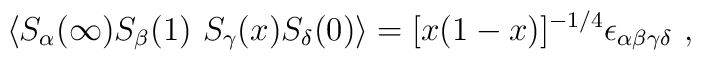
\langle S_\alpha(\infty) S_\beta(1)\ S_\gamma(x)S_\delta(0) \rangle = [x(1-x)]^{-1/4}\epsilon_{\alpha\beta\gamma\delta} \ ,